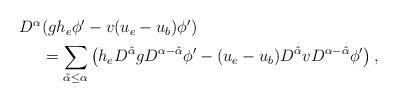
LaTeX: \begin{align*}\begin{aligned}D^\alpha&(gh_e\phi'-v(u_e-u_b)\phi')\\&=\sum_{\tilde{\alpha}\leq \alpha}\left(h_eD^{\tilde{\alpha}}g D^{\alpha-\tilde{\alpha}}\phi' -(u_e-u_b)D^{\tilde{\alpha}}vD^{\alpha-\tilde{\alpha}}\phi'\right),\end{aligned}\end{align*}